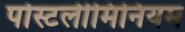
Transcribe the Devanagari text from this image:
पोस्टलीमिनियम